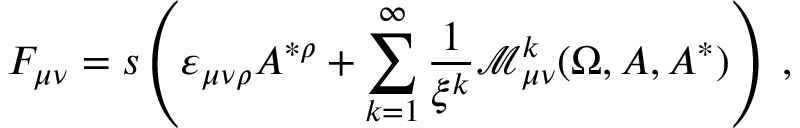
F _ { \mu \nu } = s \left( \varepsilon _ { \mu \nu \rho } A ^ { * \rho } + \sum _ { k = 1 } ^ { \infty } \frac 1 { \xi ^ { k } } \mathcal { M } _ { \mu \nu } ^ { k } ( \Omega , A , A ^ { * } ) \right) \; ,